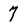
Character: 7